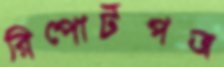
রিপোর্টপত্র